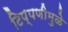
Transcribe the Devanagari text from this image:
टिप्पणीमुळे